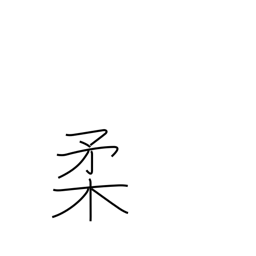
Meaning: tender